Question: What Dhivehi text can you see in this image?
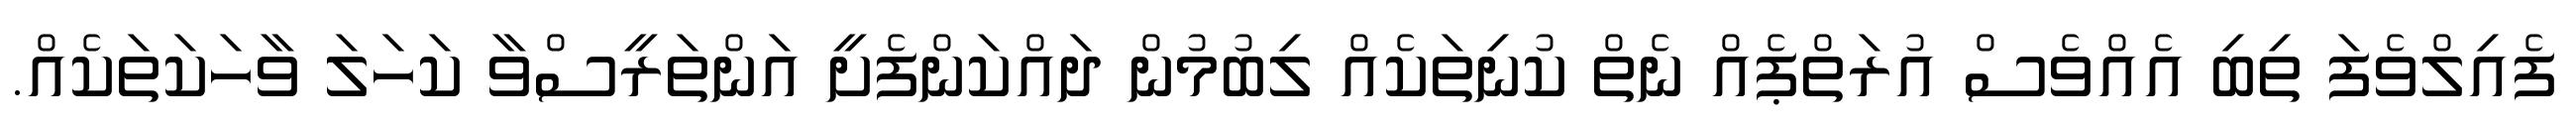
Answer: ފެއިލްވެފަ ތިބި އެއްވެސް އުރަތްޕެއް ނެތް ކުނިތަކެއް ލިބުމުން ދައްކަންފެށީ އަންތަރީސްވާ ކަހަލަ ވާހަކަތަކެއް.